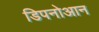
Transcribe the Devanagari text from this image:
डिपनोआन